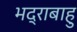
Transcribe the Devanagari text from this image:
भद्राबाहु